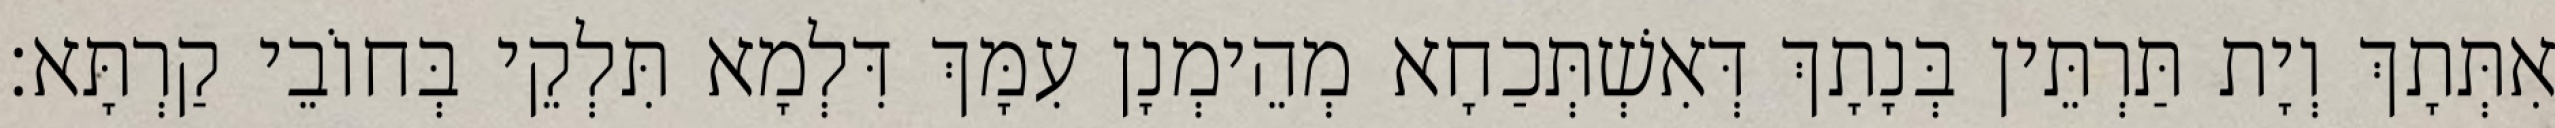
אִתְּתָךְ וְיָת תַּרְתֵּין בְּנָתָךְ דְּאִשְׁתְּכַחָא מְהֵימְנָן עִמָּךְ דִּלְמָא תִּלְקֵי בְּחוֹבֵי קַרְתָּא׃